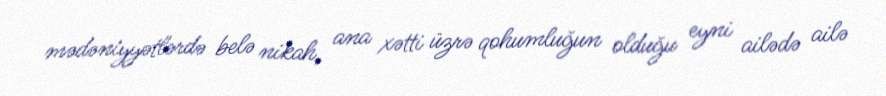
mədəniyyətlərdə belə nikah, ana xətti üzrə qohumluğun olduğu eyni ailədə ailə